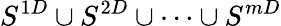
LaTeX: S^{1D}\cup S^{2D}\cup\cdots\cup S^{mD}